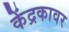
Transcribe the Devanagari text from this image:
केंद्रकावर